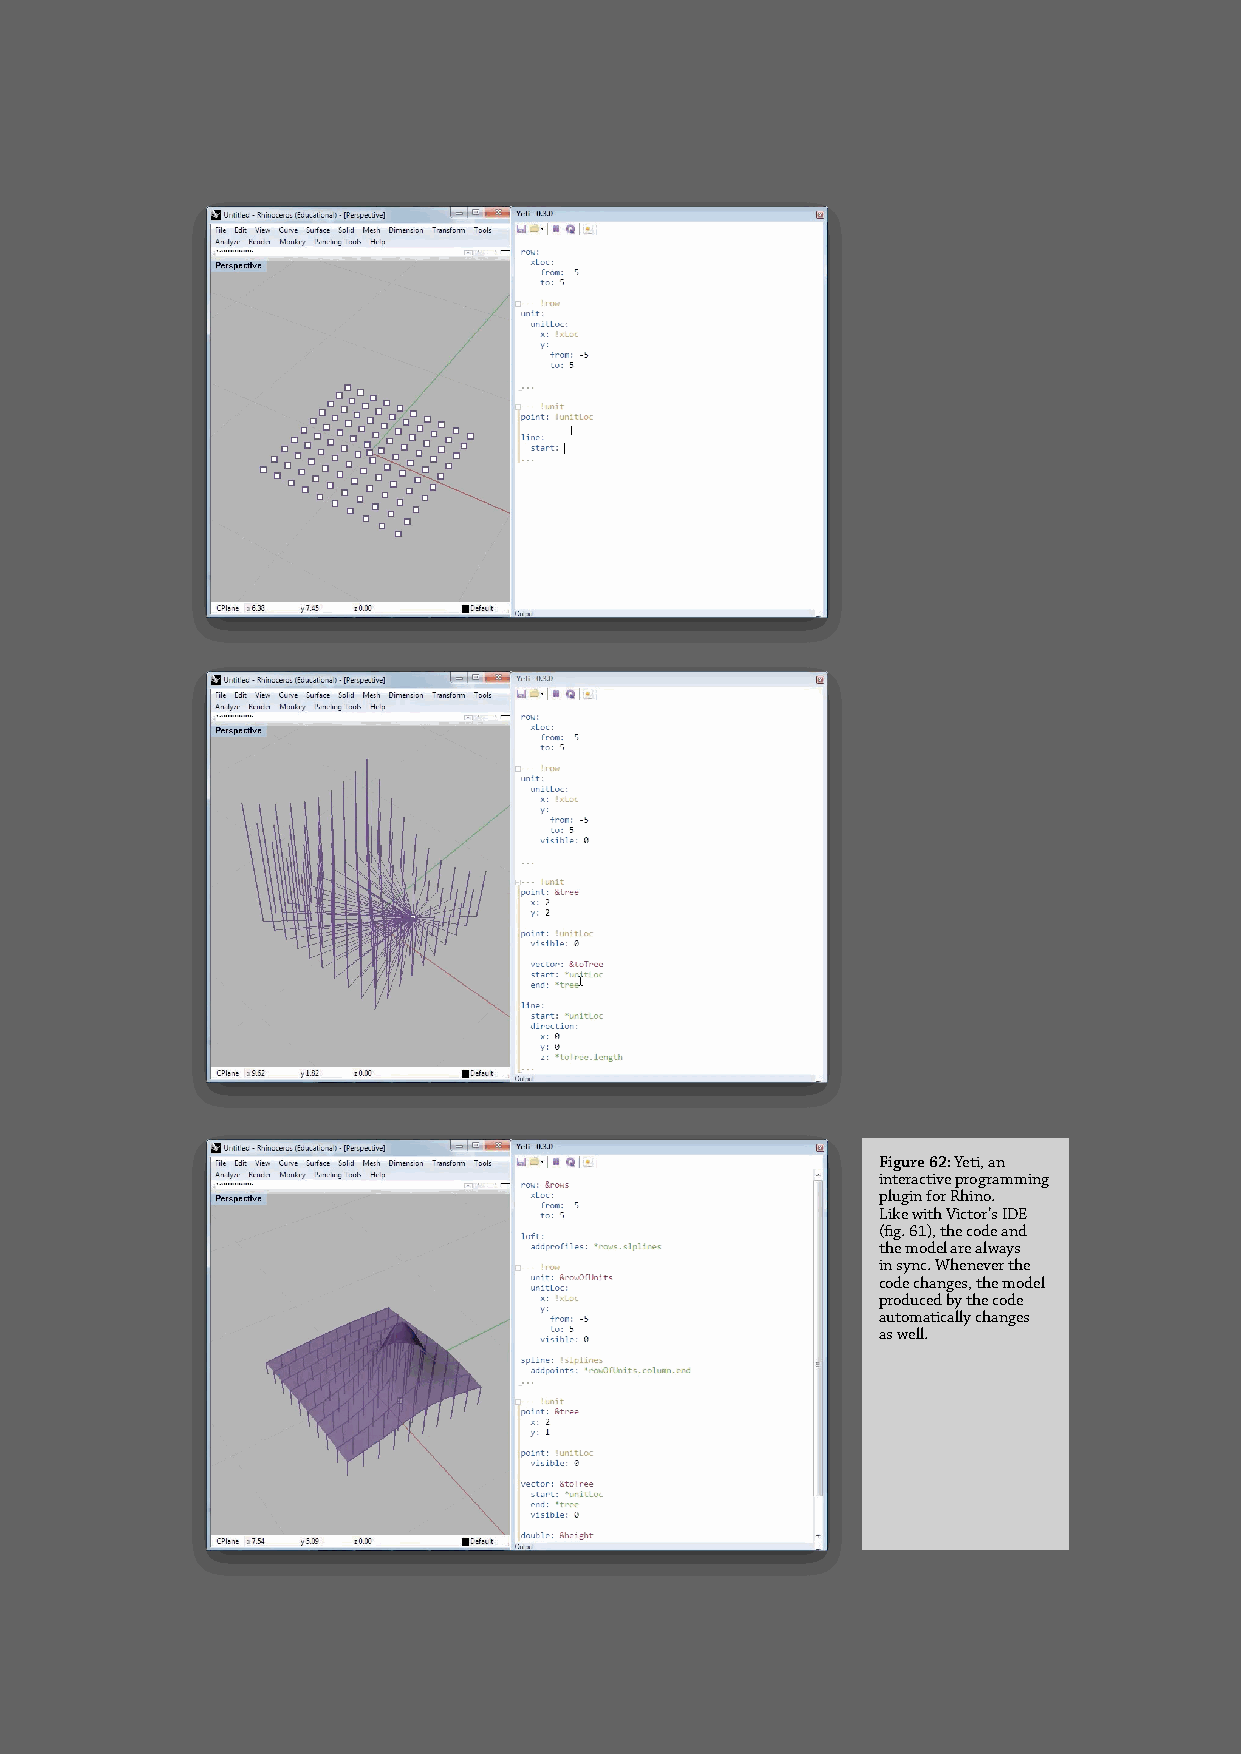
Figure 62: Yeti, an
 interactive programming
 plugin for Rhino.
 Like with Victor’s IDE
 (fig. 61), the code and
 the model are always
 in sync. Whenever the
 code changes, the model
 produced by the code
 automatically changes
 as well.